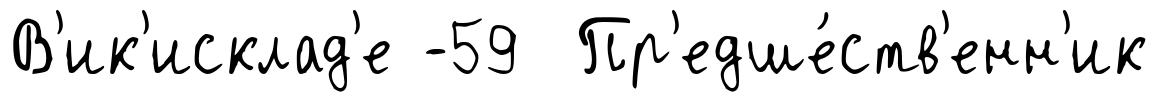
В'ик'исклад'е -59 Пр'едше́ств'енн'ик